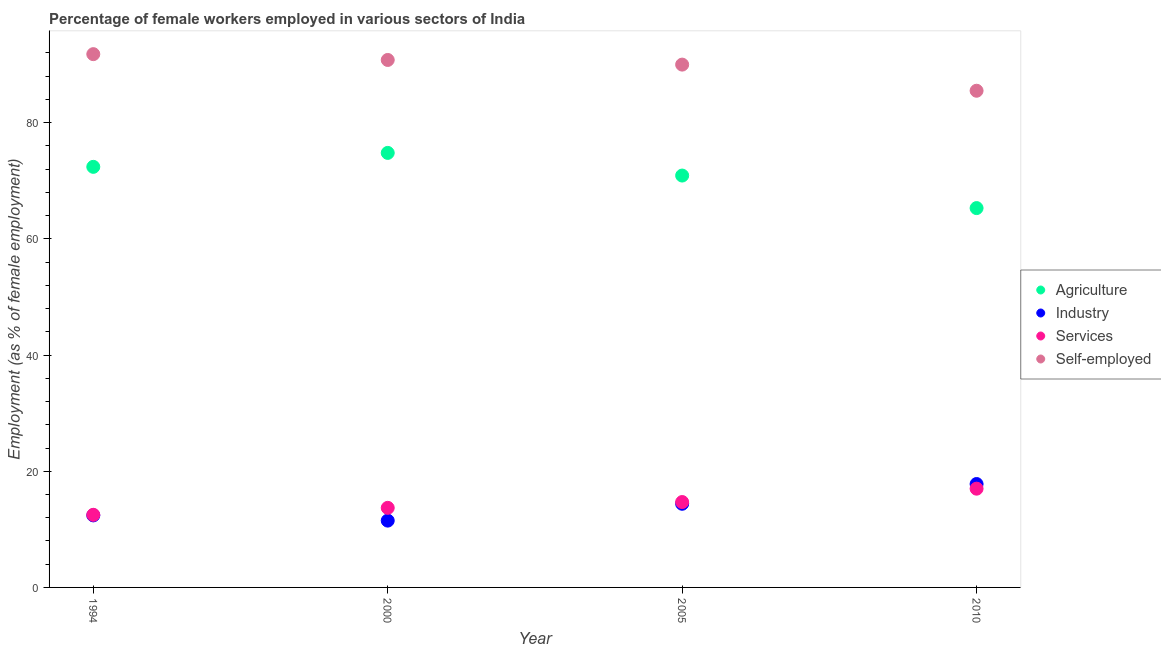
| Year | Agriculture | Industry | Services | Self-employed |
 | --- | --- | --- | --- | --- |
 | 1994 | 72.4 | 12.4 | 12.5 | 91.8 |
 | 2000 | 74.8 | 11.5 | 13.7 | 90.8 |
 | 2005 | 70.9 | 14.4 | 14.7 | 90 |
 | 2010 | 65.3 | 17.8 | 17 | 85.5 |